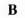
B